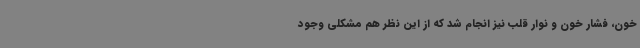
خون، فشار خون و نوار قلب نیز انجام شد که از این نظر هم مشکلی وجود